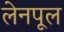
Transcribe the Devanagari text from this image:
लेनपूल